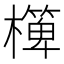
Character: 𣝁